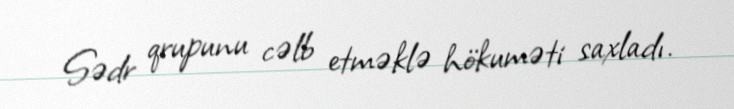
Sədr qrupunu cəlb etməklə hökuməti saxladı.